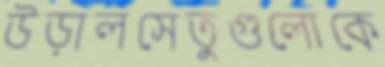
উড়ালসেতুগুলোকে